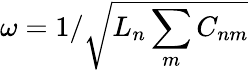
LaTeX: \omega=1/\sqrt{L_{n}\sum_{m}C_{nm}}